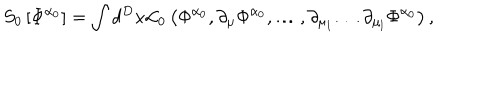
LaTeX: S _ { 0 } \left[ \Phi ^ { \alpha _ { 0 } } \right] = \int d ^ { D } x { \cal L } _ { 0 } \left( \Phi ^ { \alpha _ { 0 } } , \partial _ { \mu } \Phi ^ { \alpha _ { 0 } } , \ldots , \partial _ { \mu _ { 1 } } \ldots \partial _ { \mu _ { l } } \Phi ^ { \alpha _ { 0 } } \right) ,